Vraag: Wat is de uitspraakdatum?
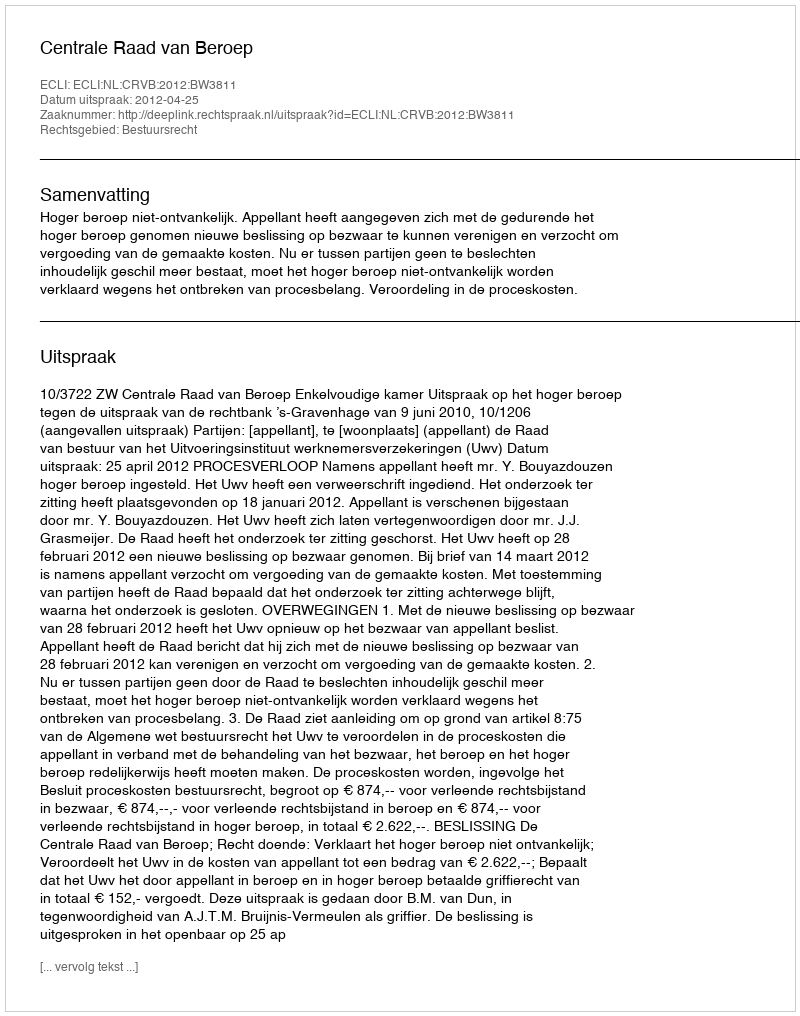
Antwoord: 2012-04-25